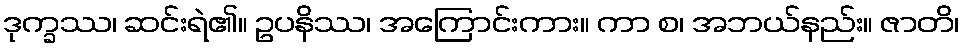
ဒုက္ခဿ၊ ဆင်းရဲ၏။ ဥပနိဿ၊ အကြောင်းကား။ ကာ စ၊ အဘယ်နည်း။ ဇာတိ၊